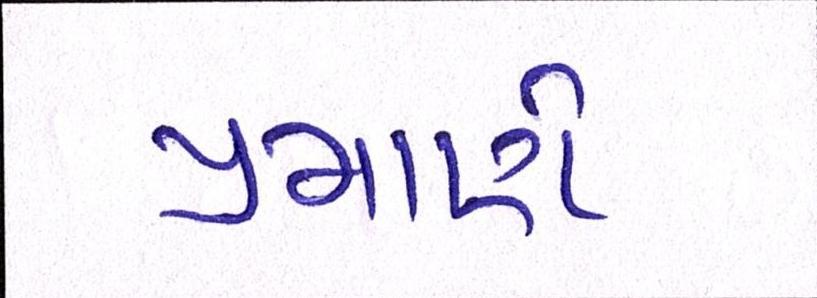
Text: પ્રમાણે